Scottish Leaving Certificate Examination, 1953
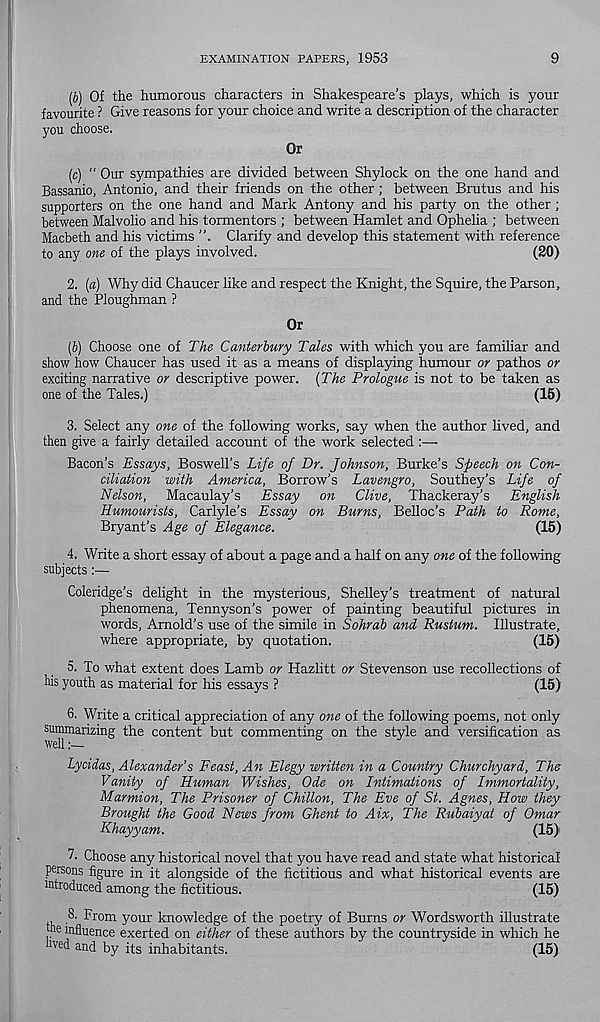
EXAMINATION PAPERS, 1953
9
(b) Of the humorous characters in Shakespeare’s plays, which is your
favourite ? Give reasons for your choice and write a description of the character
you choose.
Or
(c) “ Our sympathies are divided between Shylock on the one hand and
Bassanio, Antonio, and their friends on the other; between Brutus and his
supporters on the one hand and Mark Antony and his party on the other;
between Malvolio and his tormentors ; between Hamlet and Ophelia ; between
Macbeth and his victims
Clarify and develop this statement with reference
to any one of the plays involved.
(20)
2. (a) Why did Chaucer like and respect the Knight, the Squire, the Parson,
and the Ploughman ?
Or
(b) Choose one of The Canterbury Tales with which you are familiar and
show how Chaucer has used it as a means of displaying humour or pathos or
exciting narrative or descriptive power. (The Prologue is not to be taken as
one of the Tales.)
(15)
3. Select any one of the following works, say when the author lived, and
then give a fairly detailed account of the work selected
Bacon’s Essays, Boswell’s Life of Dr. Johnson, Burke’s Speech on Con-
ciliation with America, Borrow’s Lavengro, Southey’s Life of
Nelson, Macaulay’s Essay on Clive, Thackeray’s English
Humourists, Carlyle’s Essay on Burns, Belloc’s Path to Rome,
Bryant’s Age of Elegance.
(15)
4. Write a short essay of about a page and a half on any one of the following
subjects:—
Coleridge’s delight in the mysterious, Shelley’s treatment of natural
phenomena, Tennyson’s power of painting beautiful pictures in
words, Arnold’s use of the simile in Sohrab and Rustum. Illustrate,
where appropriate, by quotation.
(15)
5. To what extent does Lamb or Hazlitt or Stevenson use recollections of
his youth as material for his essays ?
(15)
6. Write a critical appreciation of any one of the following poems, not only
summarizing the content but commenting on the style and versification as
Lycidas, Alexander’s Feast, An Elegy written in a Country Churchyard, The
Vanity of Human Wishes, Ode on Intimations of Immortality,
Marmion, The Prisoner of Chillon, The Eve of St. Agnes, How they
Brought the Good News from Ghent to Aix, The Rubaiyat of Omar
Khayyam.
(15)
7. Choose any historical novel that you have read and state what historical
persons figure in it alongside of the fictitious and what historical events are
introduced among the fictitious.
(15)
^r om y°ur knowledge of the poetry of Burns or Wordsworth illustrate
the influence exerted on either of these authors by the countryside in which he
tved and by its inhabitants.
(15)